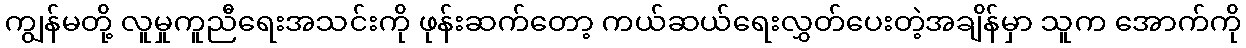
ကျွန်မတို့ လူမှုကူညီရေးအသင်းကို ဖုန်းဆက်တော့ ကယ်ဆယ်ရေးလွှတ်ပေးတဲ့အချိန်မှာ သူက အောက်ကို